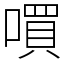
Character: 嘪